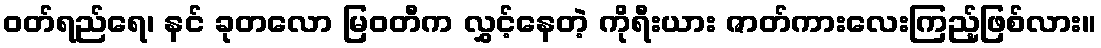
ဝတ်ရည်ရေ၊ နင် ခုတလော မြဝတီက လွှင့်နေတဲ့ ကိုရီးယား ဇာတ်ကားလေးကြည့်ဖြစ်လား။